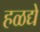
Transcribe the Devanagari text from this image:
हळद्ये